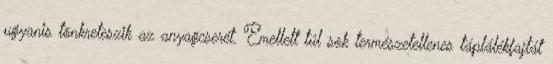
ugyanis tönkreteszik az anyagcserét. Emellett túl sok természetellenes táplálékfajtát